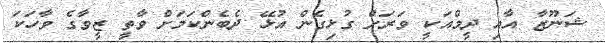
ޝަނޫޒާ އާއި ދީމްއަކީ ވަރަށް ގުޅިގެން އުޅޭ ދެބެންކަމަށް ވާތީ ޒީވާގެ ވާހަކަ